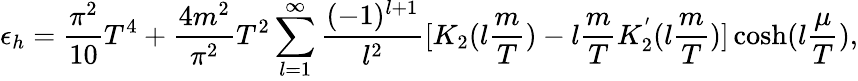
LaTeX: \epsilon_{h}={\frac{\pi^{2}}{10}}T^{4}+{\frac{4m^{2}}{\pi^{2}}}T^{2}\sum_{l=1}^{\infty}{\frac{(-1)^{l+1}}{l^{2}}}[K_{2}(l{\frac{m}{T}})-l{\frac{m}{T}}K_{2}^{'}(l{\frac{m}{T}})]\cosh(l{\frac{\mu}{T}}),